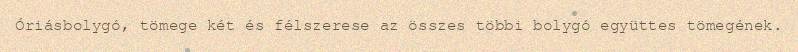
Óriásbolygó, tömege két és félszerese az összes többi bolygó együttes tömegének.